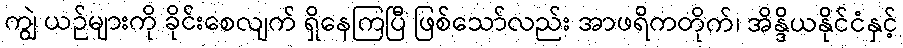
ကျွဲ ယဉ်များကို ခိုင်းစေလျက် ရှိနေကြပြီ ဖြစ်သော်လည်း အာဖရိကတိုက်၊ အိန္ဒိယနိုင်ငံနှင့်